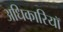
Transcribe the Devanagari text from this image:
अधिकारियॉ